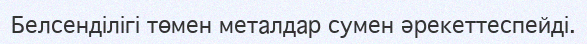
Белсенділігі төмен металдар сумен әрекеттеспейді.